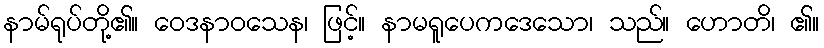
နာမ်ရုပ်တို့၏။ ဝေဒနာဝသေန၊ ဖြင့်။ နာမရူပေကဒေသော၊ သည်။ ဟောတိ၊ ၏။